Reports on military cantonments and civil stations in the Presidency of Bombay inspected by the Sanitary Commissioner in the years 1875 and 1876
Year: 1875
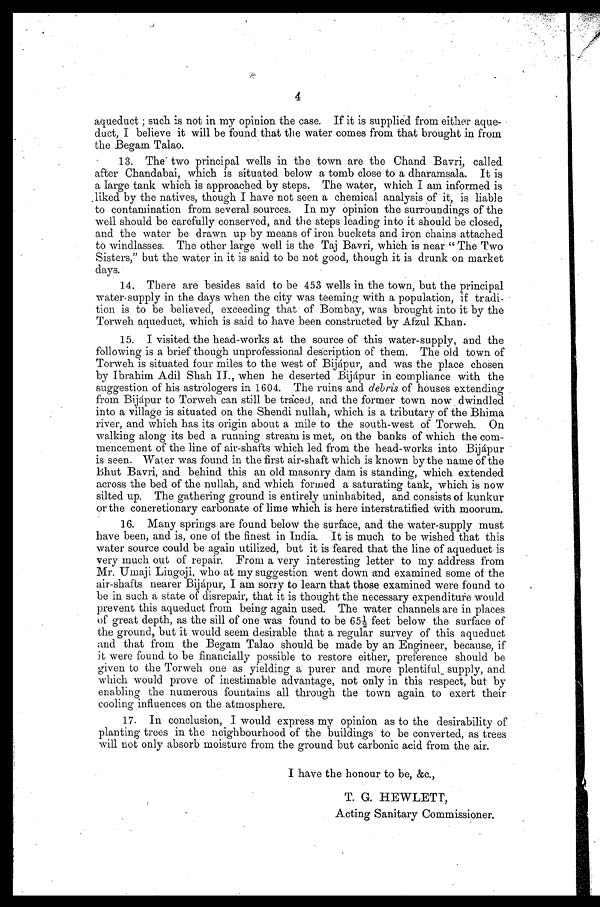
4
aqueduct ; such is not in my opinion the case. If it is supplied from either aque-
duct, I believe it will be found that the water comes from that brought in from
the Begam Talao.
13. The two principal wells in the town are the Chand Bavri, called
after Chandabai, which is situated below a tomb close to a dharamsala. It is
a large tank which is approached by steps. The water, which I am informed is
liked by the natives, though I have not seen a chemical analysis of it, is liable
to contamination from several sources. In my opinion the surroundings of the
well should be carefully conserved, and the steps leading into it should be closed,
and the water be drawn up by means of iron buckets and iron chains attached
to windlasses. The other large well is the Taj Bavri, which is near "The Two
Sisters," but the water in it is said to be not good, though it is drunk on market
days.
14. There are besides said to be 453 wells in the town, but the principal
water-supply in the days when the city was teeming with a population, if tradi-
tion is to be believed, exceeding that of Bombay, was brought into it by the
Torweh aqueduct, which is said to have been constructed by Afzul Khan.
15. I visited the head-works at the source of this water-supply, and the
following is a brief though unprofessional description of them. The old town of
Torweh is situated four miles to the west of Bijápur, and was the place chosen
by Ibrahim Adil Shah II., when he deserted Bijápur in compliance with the
suggestion of his astrologers in 1604. The ruins and debris of houses extending
from Bijápur to Torweh can still be traced, and the former town now dwindled
into a village is situated on the Shendi nullah, which is a tributary of the Bhima
river, and which has its origin about a mile to the south-west of Torweh. On
walking along its bed a running stream is met, on the banks of which the com-
mencement of the line of air-shafts which led from the head-works into Bijápur
is seen. Water was found in the first air-shaft which is known by the name of the
Bhut Bavri, and behind this an old masonry dam is standing, which extended
across the bed of the nullah, and which formed a saturating tank, which is now
silted up. The gathering ground is entirely uninhabited, and consists of kunkur
or the concretionary carbonate of lime which is here interstratified with moorum.
16. Many springs are found below the surface, and the water-supply must
have been, and is, one of the finest in India. It is much to be wished that this
water source could be again utilized, but it is feared that the line of aqueduct is
very much out of repair. From a very interesting letter to my address from
Mr. Umaji Lingoji, who at my suggestion went down and examined some of the
air-shafts nearer Bijápur, I am sorry to learn that those examined were found to
be in such a state of disrepair, that it is thought the necessary expenditure would
prevent this aqueduct from being again used. The water channels are in places
of great depth, as the sill of one was found to be 65½ feet below the surface of
the ground, but it would seem desirable that a regular survey of this aqueduct
and that from the Begam Talao should be made by an Engineer, because, if
it were found to be financially possible to restore either, preference should be
given to the Torweh one as yielding a purer and more plentiful supply, and
which would prove of inestimable advantage, not only in this respect, but by
enabling the numerous fountains all through the town again to exert their
cooling influences on the atmosphere.
17. In conclusion, I would express my opinion as to the desirability of
planting trees in the neighbourhood of the buildings to be converted, as trees
will not only absorb moisture from the ground but carbonic acid from the air.
I have the honour to be, &c.,
T. G. HEWLETT,
Acting Sanitary Commissioner.